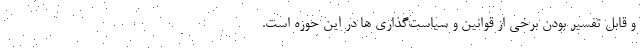
و قابل تفسیر بودن برخی از قوانین و سیاست‌گذاری ها در این حوزه است.